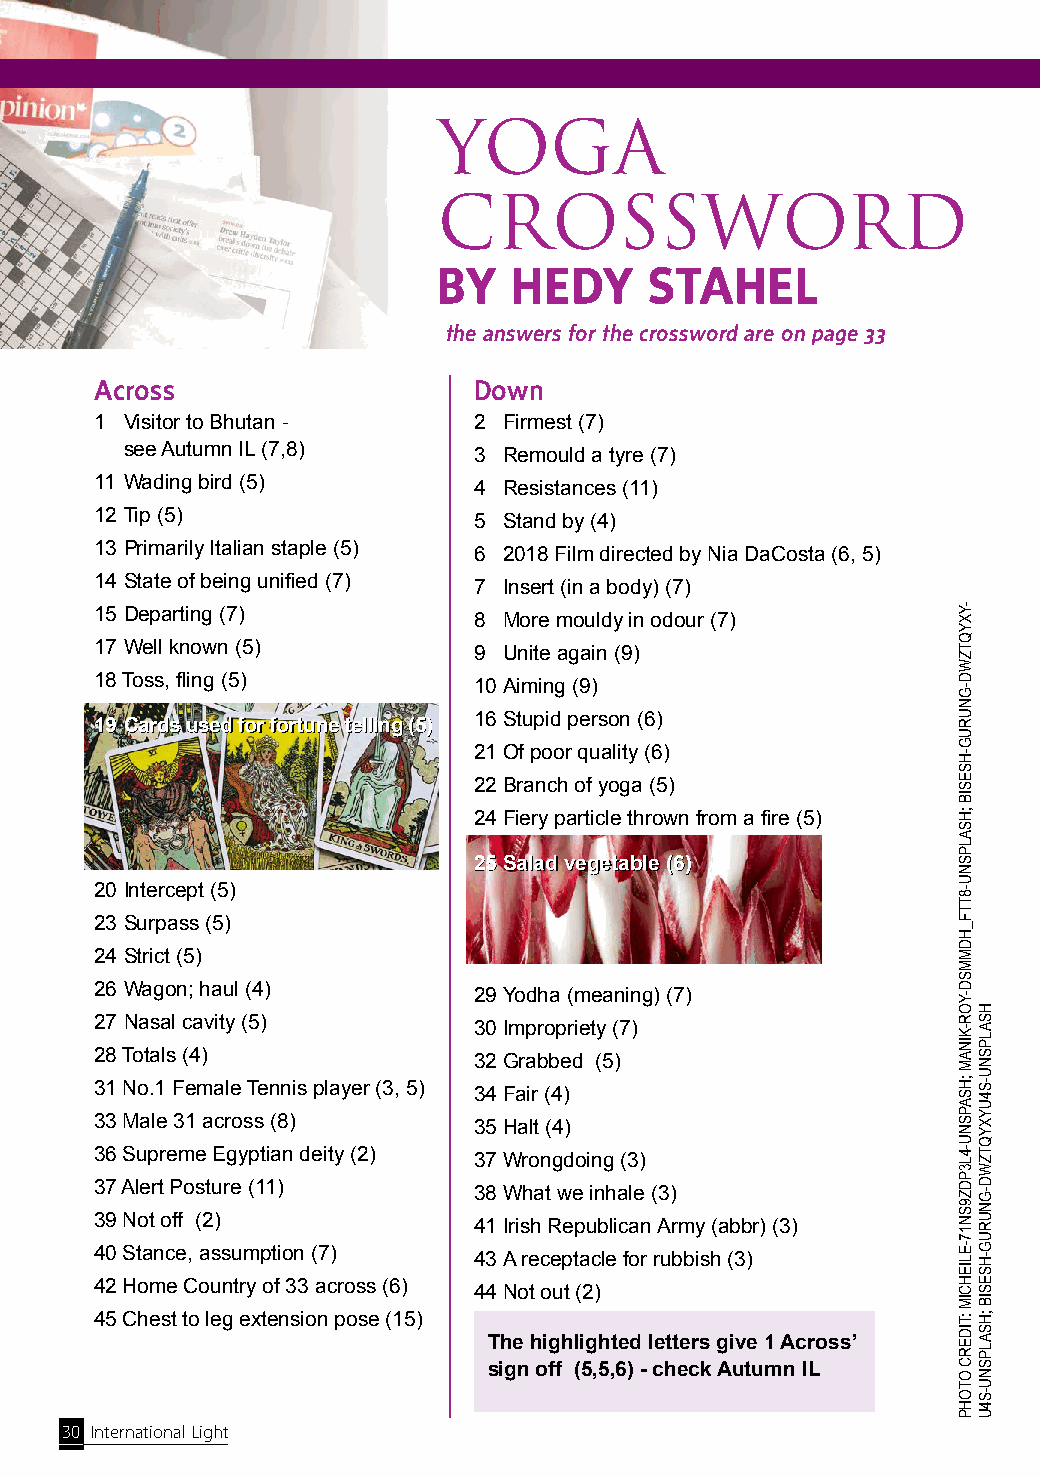
YOGA
 CROSSWORD
 BY   HEDY     STAHEL
 the answers for the crossword are on page 33
 Across                   Down
 1 Visitor to Bhutan -    2 Firmest (7)
 see Autumn IL (7,8)    3 Remould a tyre (7)
 11 Wading bird (5)       4 Resistances (11)
 12 Tip (5)               5 Stand by (4)
 13 Primarily Italian staple (5) 6 2018 Film directed by Nia DaCosta (6, 5)
 14 State of being unified (7) 7 Insert (in a body) (7)
 15 Departing (7)         8 More mouldy in odour (7)
 17 Well known (5)        9 Unite again (9)
 18 Toss, fling (5)       10 Aiming (9)
 16 Stupid person (6)
 19 Cards used for fortune telling (5)
 21 Of poor quality (6)
 22 Branch of yoga (5)
 24 Fiery particle thrown from a fire (5)
 25 Salad vegetable (6)
 20 Intercept (5)
 23 Surpass (5)
 24 Strict (5)
 26 Wagon; haul (4)       29 Yodha (meaning) (7)
 27 Nasal cavity (5)      30 Impropriety (7)
 28 Totals (4)            32 Grabbed (5)
 31 No.1 Female Tennis player (3, 5) 34 Fair (4)
 33 Male 31 across (8)    35 Halt (4)
 36 Supreme Egyptian deity (2) 37 Wrongdoing (3)
 37 Alert Posture (11)    38 What we inhale (3)
 39 Not off (2)           41 Irish Republican Army (abbr) (3)
 40 Stance, assumption (7) 43 A receptacle for rubbish (3)
 42 Home Country of 33 across (6) 44 Not out (2)
 45 Chest to leg extension pose (15)
 The highlighted letters give 1 Across’
 sign off (5,5,6) - check Autumn IL
 30 International Light
 -YXYQTZWD-GNURUG-HSESIB
 ;HSALPSNU-8TTF_HDMMSD-YOR-KINAM
 ;HSAPSNU-4L3PDZ9SN17-ELIEHCIM
 :TIDERC
 OTOHP
 HSALPSNU-S4UYXYQTZWD-GNURUG-HSESIB
 ;HSALPSNU-S4U